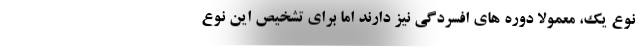
نوع یک، معمولاً دوره های افسردگی نیز دارند اما برای تشخیص این نوع